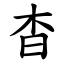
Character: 杳